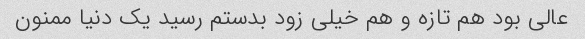
عالی بود هم تازه و هم خیلی زود بدستم رسید یک دنیا ممنون